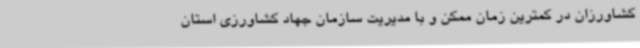
کشاورزان در کمترین زمان ممکن و با مدیریت سازمان جهاد کشاورزی استان